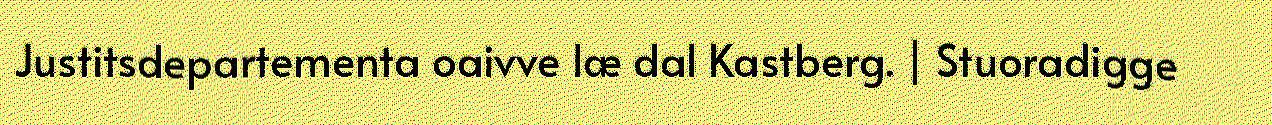
Justitsdepartementa oaivve læ dal Kastberg. | Stuoradigge